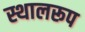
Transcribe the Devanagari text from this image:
स्थालरूप